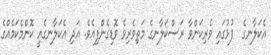
އެކަލާނގެ  ފުޅުގައި ވެރިކަންވާ ރަސްކަލާނގެ މަތިވެރިވެ ވޮޑިގެންފިއެވެ. އަދި އެކަލާނގެއީ ކޮންމެކަމެއްގެ